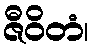
ဇီဝိတံ၊